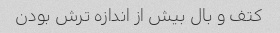
کتف و بال بیش از اندازه ترش بودن